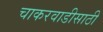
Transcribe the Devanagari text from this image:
चाकरवाडीसाठी